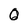
Character: 0